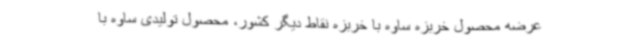
عرضه محصول خربزه ساوه با خربزه نقاط دیگر کشور، محصول تولیدی ساوه با